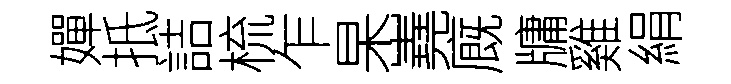
嬋抵詰梳乍杲嶤廐牗雞絹